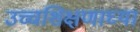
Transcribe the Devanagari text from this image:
उच्चशिक्षणाच्या